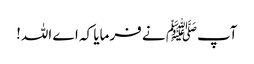
آپﷺ نے فرمایا کہ اے اللہ!